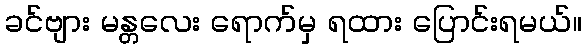
ခင်ဗျား မန္တလေး ရောက်မှ ရထား ပြောင်းရမယ်။